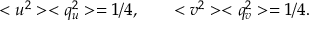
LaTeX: < u ^ { 2 } > < q _ { u } ^ { 2 } > = 1 / 4 , \qquad < v ^ { 2 } > < q _ { v } ^ { 2 } > = 1 / 4 .